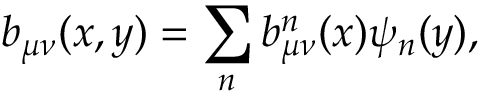
b _ { \mu \nu } ( x , y ) = \sum _ { n } b _ { \mu \nu } ^ { n } ( x ) \psi _ { n } ( y ) ,